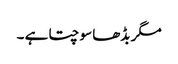
مگر بڈھا سوچتا ہے ۔